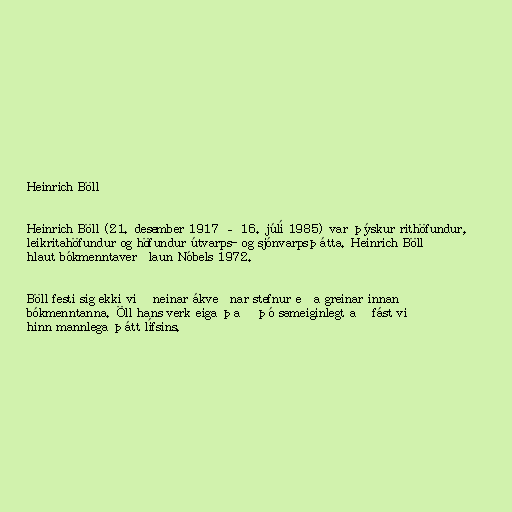
Heinrich Böll

Heinrich Böll (21. desember 1917 – 16. júlí 1985) var þýskur rithöfundur,
leikritahöfundur og höfundur útvarps- og sjónvarpsþátta. Heinrich Böll
hlaut bókmenntaverðlaun Nóbels 1972.

Böll festi sig ekki við neinar ákveðnar stefnur eða greinar innan
bókmenntanna. Öll hans verk eiga það þó sameiginlegt að fást við
hinn mannlega þátt lífsins.